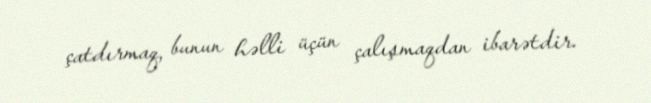
çatdırmaq, bunun həlli üçün çalışmaqdan ibarətdir.